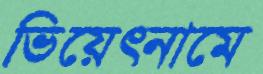
ভিয়েত্নামে